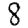
Digit: 8